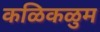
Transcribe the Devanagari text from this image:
कळिकळुम